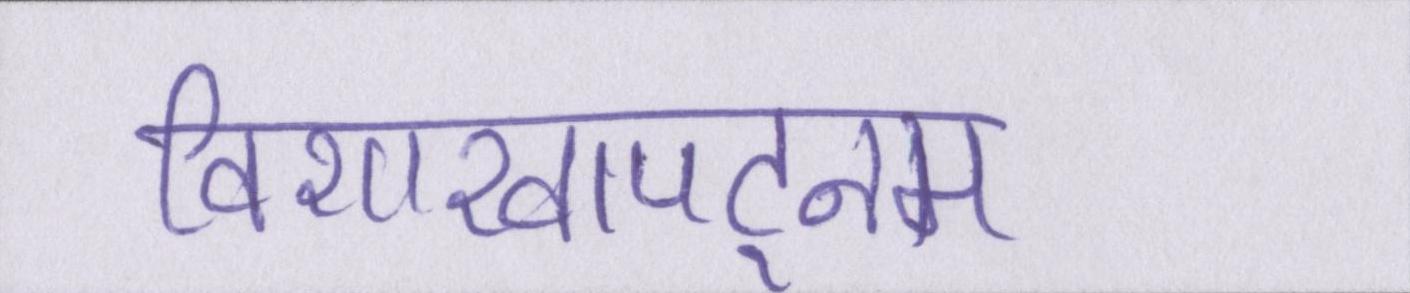
विशाखापट्नम